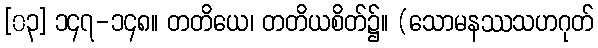
[၀၃] ၁၄၇-၁၄၈။ တတိယေ၊ တတိယစိတ်၌။ (သောမနဿသဟဂုတ်